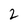
Character: 2